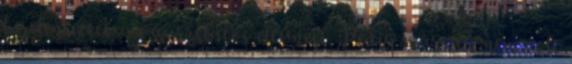
bejelentették a vaárzslatos eltűnést. Pedig már rég nem volt